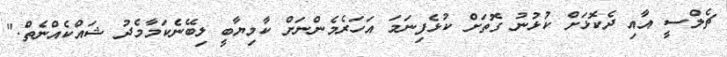
ޗެލްސީ އާއި ދެކޮޅަށް ކުޅުނު ގޮތަށް ކުޅެފިނަމަ އަހަރެމެންނަށް ކާމިޔާބީ ލިބޭނެކަމާމެދު ޝައްކެއްނެތް."